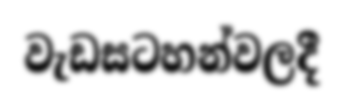
වැඩසටහන්වලදී